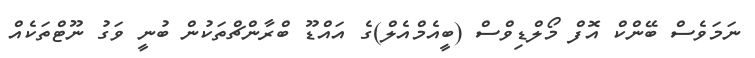
ނަމަވެސް ބޭންކް އޮފް މޯލްޑިވްސް (ބީއެމްއެލް)ގެ އައްޑޫ ބްރާންޗްތަކުން ބުނީ ވަގު ނޫޓްތަކެއް